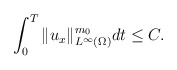
\begin{align*}\int_0^T\|u_{x}\|_{L^\infty(\Omega)}^{m_0}dt \leq C.\end{align*}